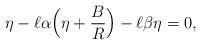
\begin{align*}\eta-\ell\alpha\Big(\eta+\dfrac{B}{R}\Big)-\ell\beta\eta=0,\end{align*}